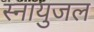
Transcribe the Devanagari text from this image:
स्नायुजल